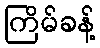
ကြိမ်ခန့်